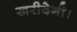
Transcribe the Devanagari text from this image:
खरीदेगी।